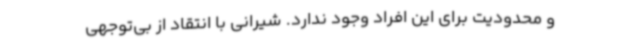
و محدودیت برای این افراد وجود ندارد. شیرانی با انتقاد از بی‌توجهی